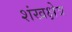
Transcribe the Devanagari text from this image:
शंखक्षेत्र